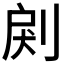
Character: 𠜺